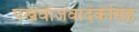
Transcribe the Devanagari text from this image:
पखवाजवादकांसह